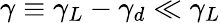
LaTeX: \gamma\equiv\gamma_{L}-\gamma_{d}\ll\gamma_{L}